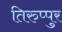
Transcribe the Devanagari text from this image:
तिरुप्पुर